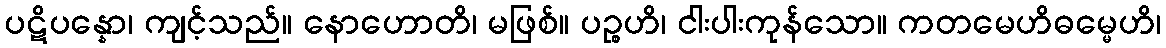
ပဋိပန္နော၊ ကျင့်သည်။ နောဟောတိ၊ မဖြစ်။ ပဉ္စဟိ၊ ငါးပါးကုန်သော။ ကတမေဟိဓမ္မေဟိ၊